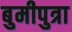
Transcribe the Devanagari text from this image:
बुमीपुत्रा